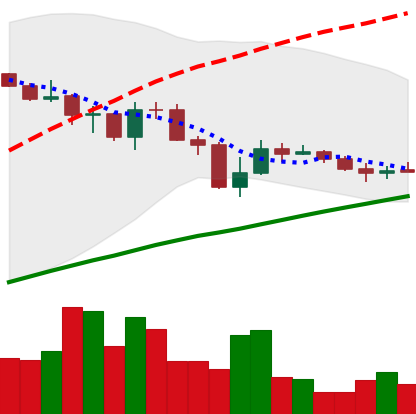
Ticker: LINK-USD
Chart end date: 2019-07-25
Forward return: -12.378%
Label: down_7plus